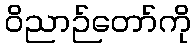
ဝိညာဉ်တော်ကို